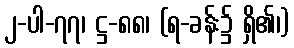
၂-ပါ-၇၇၊ ဋ္ဌ-၈၈၊ (ရ-ခန်း၌ ရှိ၏၊)